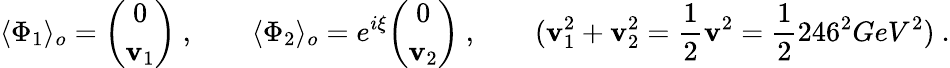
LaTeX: \langle\Phi_{1}\rangle_{o}={\binom{0}{\mathbf{v}_{1}}}\ ,\qquad\langle\Phi_{2}\rangle_{o}=e^{i\xi}{\binom{0}{\mathbf{v}_{2}}}\ ,\qquad(\mathbf{v}_{1}^{2}+\mathbf{v}_{2}^{2}=\frac{{1}}{{2}}\mathbf{v}^{2}=\frac{{1}}{{2}}246^{2}GeV^{2})\ .